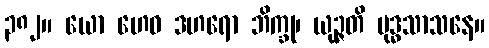
၃၈၂။ ယော ဟေဝ ဒဟရော ဘိက္ခု၊ ယုဉ္ဇတိ ဗုဒ္ဓသာသနေ။